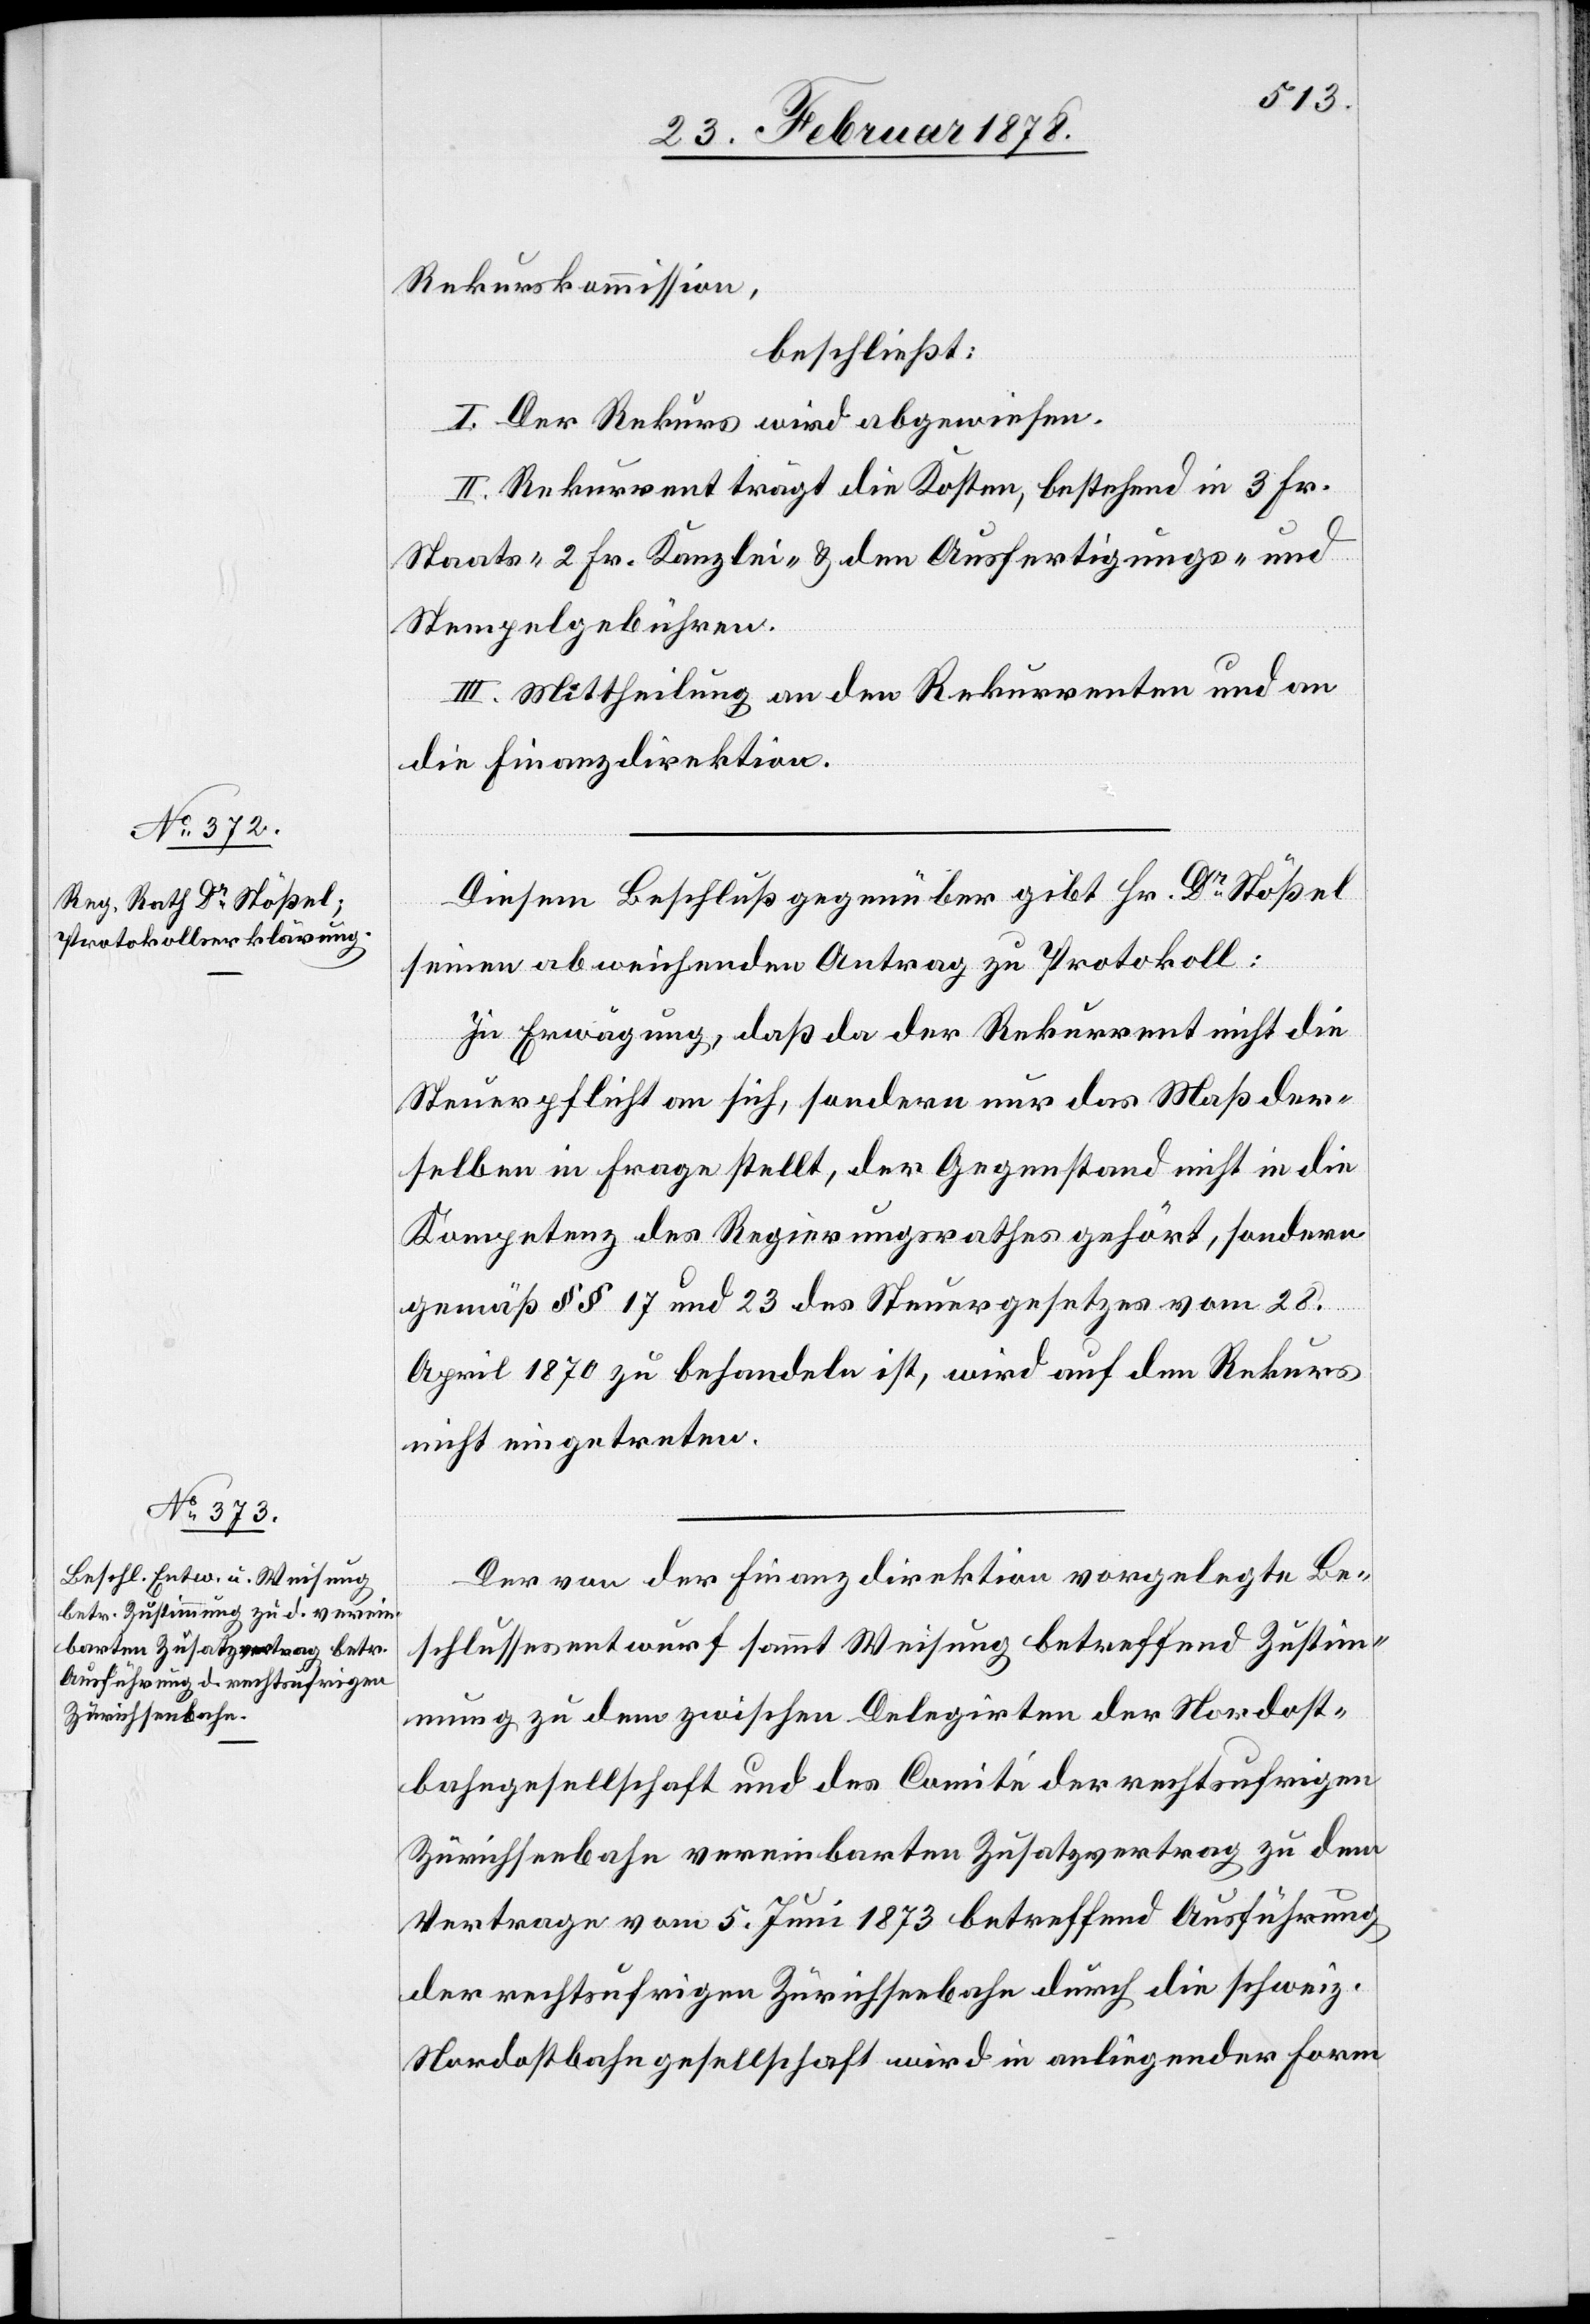
Rekurskommission,
beschließt:
I. Der Rekurs wird abgewiesen.
II. Rekurrent trägt die Kosten, bestehend in 3 Fr.
Staats-[,] 2 Fr. Kanzlei- & den Ausfertigungs- und
Stempelgebühren.
III. Mittheilung an den Rekurrenten und an
die Finanzdirektion.
Diesem Beschluß gegenüber gibt Hr. Dr Stößel
seinen abweisenden Antrag zu Protokoll:
In Erwägung, daß da der Rekurrent nicht die
Steuerpflicht an sich, sondern nur das Maß der¬
selben in Frage stellt, der Gegenstand nicht in die
Kompetenz des Regierungsrathes gehört, sondern
gemäß §§ 17 und 23 des Steuergesetzes vom 28.
April 1870 zu behandeln ist, wird auf den Rekurs
nicht eingetreten.
Der von der Finanzdirektion vorgelegte Be¬
schlussesentwurf sammt Weisung betreffend Zustim¬
mung zu dem zwischen Delegirten der Nordost¬
bahngesellschaft und des Comité der rechtufrigen
Zürichseebahn vereinbarten Zusatzvertrag zu dem
Vertrage vom 5. Juni 1873 betreffend Ausführung
der rechtsufrigen Zürichseebahn durch die schweiz.
Nordostbahngesellschaft wird in anliegender Form